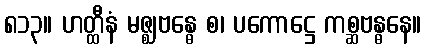
၈၁၃။ ဟတ္ထီနံ မဇ္ဈဗန္ဓေ စ၊ ပကောဋ္ဌေ ကစ္ဆဗန္ဓနေ။